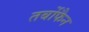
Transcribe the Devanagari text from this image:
तर्बोफैन